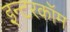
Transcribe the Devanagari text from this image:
इन्टरकॉम